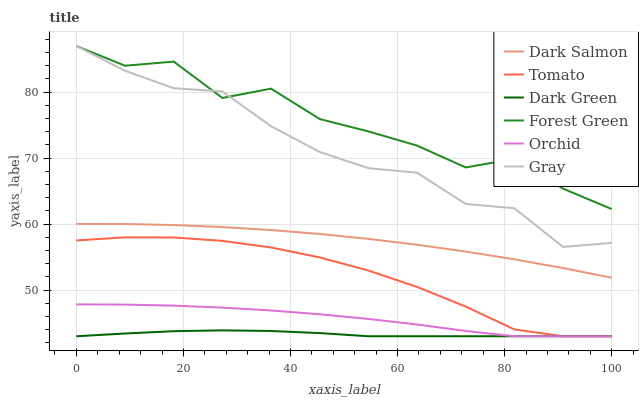
| xaxis_label | Dark Salmon | Tomato | Dark Green | Forest Green | Orchid | Gray |
 | --- | --- | --- | --- | --- | --- | --- |
 | 0 | 60 | 57.5 | 43 | 87 | 47.8 | 87 |
 | 9.09 | 60 | 58 | 43.4 | 84 | 47.8 | 83.2 |
 | 18.2 | 59.9 | 58 | 43.8 | 84.6 | 47.6 | 80.6 |
 | 27.3 | 59.6 | 57.5 | 43.9 | 79.1 | 47.3 | 80.1 |
 | 36.4 | 59.1 | 56.5 | 43.8 | 80.5 | 46.9 | 74.8 |
 | 45.5 | 58.5 | 55 | 43.5 | 75.9 | 46.3 | 70.9 |
 | 54.5 | 57.8 | 53 | 43 | 74.1 | 45.6 | 68.5 |
 | 63.6 | 56.9 | 50.5 | 43 | 71.9 | 44.8 | 67.8 |
 | 72.7 | 55.8 | 47.5 | 43 | 68.6 | 43.8 | 63.1 |
 | 81.8 | 54.7 | 44 | 43 | 69.9 | 43 | 62.4 |
 | 90.9 | 53.3 | 43 | 43 | 65.4 | 43 | 56.5 |
 | 100 | 51.9 | 43 | 43 | 62.3 | 43 | 57.2 |